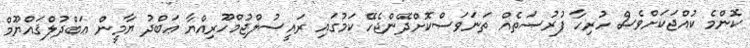
ކޮންމެ ކުއްޖަކަށްވެސް ހުރިހާ ފުރުޞަތެއް ތަނަވަސްކޮށްދޭންޖެހޭ ކަމުގައި ރައީސުލްޖުމްހޫރިއްޔާ ޢަބްދު ޔާމީން ޢަބްދުލްޤައްޔޫމް